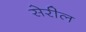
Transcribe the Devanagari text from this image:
सेरील